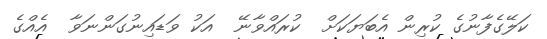
ކަލޭގެފާނުގެ ކުރިން އެބަޔަކަށް  ކުރައްވާނޭ  އަކު ވަޑައިނުގަންނަވާ  އެއްގެ